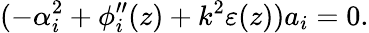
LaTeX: (-\alpha_{i}^{2}+\phi_{i}^{\prime\prime}(z)+k^{2}\varepsilon(z))a_{i}=0.